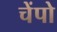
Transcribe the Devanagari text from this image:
चेंपो